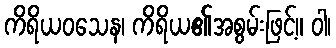
ကိရိယဝသေန၊ ကိရိယ၏အစွမ်းဖြင့်။ ဝါ၊